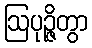
ဩပုဉ္ဇိတွာ